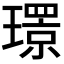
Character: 𤪁